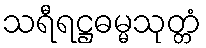
သရီရဋ္ဌဓမ္မသုတ္တံ